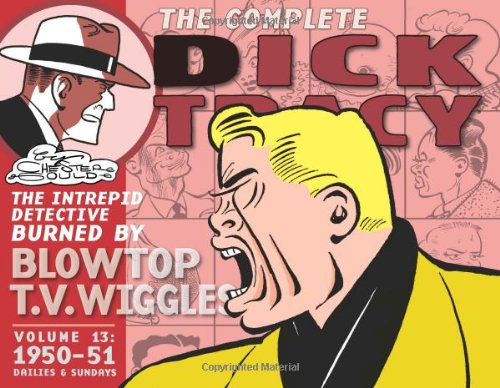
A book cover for Complete Chester Gould's Dick Tracy Volume 13; Chester Gould; Humor & Entertainment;